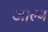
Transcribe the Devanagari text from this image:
आल्थं